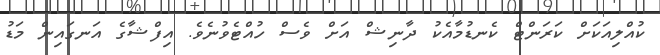
ކުއްލިއަކަށް ކަރަންޓް ކެނޑުމާއެކު ދާނިޝް އަށް ވެސް ހުއްޓެވުނެވެ. އިފްޝާގެ އަނގައިން މަޑު